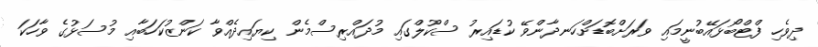
ދިވެހި ފްޓްބޯޅައޭބުނީމައި ވަރަށްބޮޑަށްހަނދާންވޭ ކުޑައިރު ސްކޫލްގައި މުދައްރިސްމެން ކިޔައިދެއްވާ ކަންޒުކަހަބާއި މުސަޅުގެ ވާހަކަ